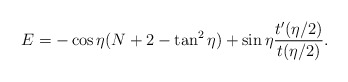
\begin{align*}E=-\cos \eta (N+2-\tan^2 \eta) + \sin \eta \frac{t^{\prime}(\eta /2)}{t(\eta /2)}.\end{align*}